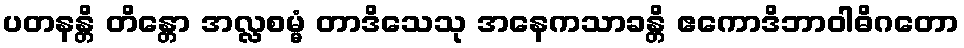
ပတနန္တိ တိန္တော အလ္လစမ္မံ တာဒိသေသု အနေကသာခန္တိ ဧကောဒိဘာဝါဓိဂတော